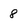
Character: 8